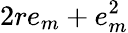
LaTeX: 2re_{m}+e_{m}^{2}